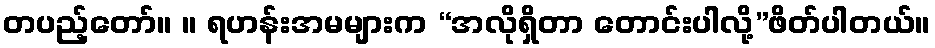
တပည့်တော်။ ။ ရဟန်းအမများက “အလိုရှိတာ တောင်းပါလို့”ဖိတ်ပါတယ်။